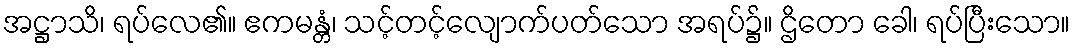
အဋ္ဌာသိ၊ ရပ်လေ၏။ ဧကမန္တံ၊ သင့်တင့်လျောက်ပတ်သော အရပ်၌။ ဌိတော ခေါ၊ ရပ်ပြီးသော။